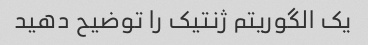
یک الگوریتم ژنتیک را توضیح دهید